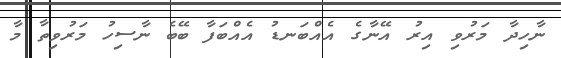
ނާހިދާ މަރުވި އިރު އޭނާގެ އެއްބަނޑު އެއްބަފާ ބޭބެ ނާސިހު މަރުވިތާ މާ